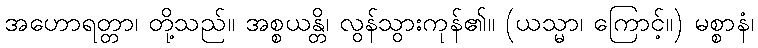
အဟောရတ္တာ၊ တို့သည်။ အစ္စယန္တိ၊ လွန်သွားကုန်၏။ (ယသ္မာ၊ ကြောင့်။) မစ္စာနံ၊